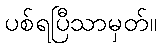
ပစ်ရပြီသာမှတ်။